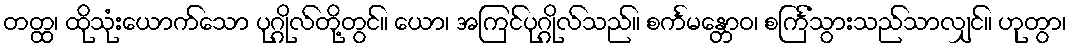
တတ္ထ၊ ထိုသုံးယောက်သော ပုဂ္ဂိုလ်တို့တွင်။ ယော၊ အကြင်ပုဂ္ဂိုလ်သည်။ စင်္ကမန္တောဝ၊ စင်္ကြံသွားသည်သာလျှင်။ ဟုတွာ၊